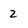
Character: 2